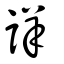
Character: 詳